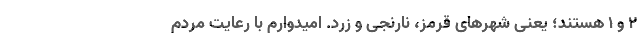
۲ و ۱ هستند؛ یعنی شهرهای قرمز، نارنجی و زرد. امیدوارم با رعایت مردم